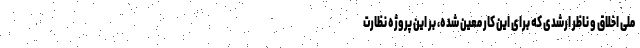
ملی اخلاق و ناظر ارشدی که برای این کار معین شده، بر این پروژه نظارت